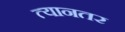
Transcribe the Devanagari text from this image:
त्यानतर